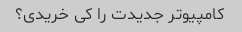
کامپیوتر جدیدت را کی خریدی؟